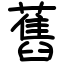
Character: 舊